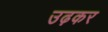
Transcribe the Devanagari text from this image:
उढ़कर